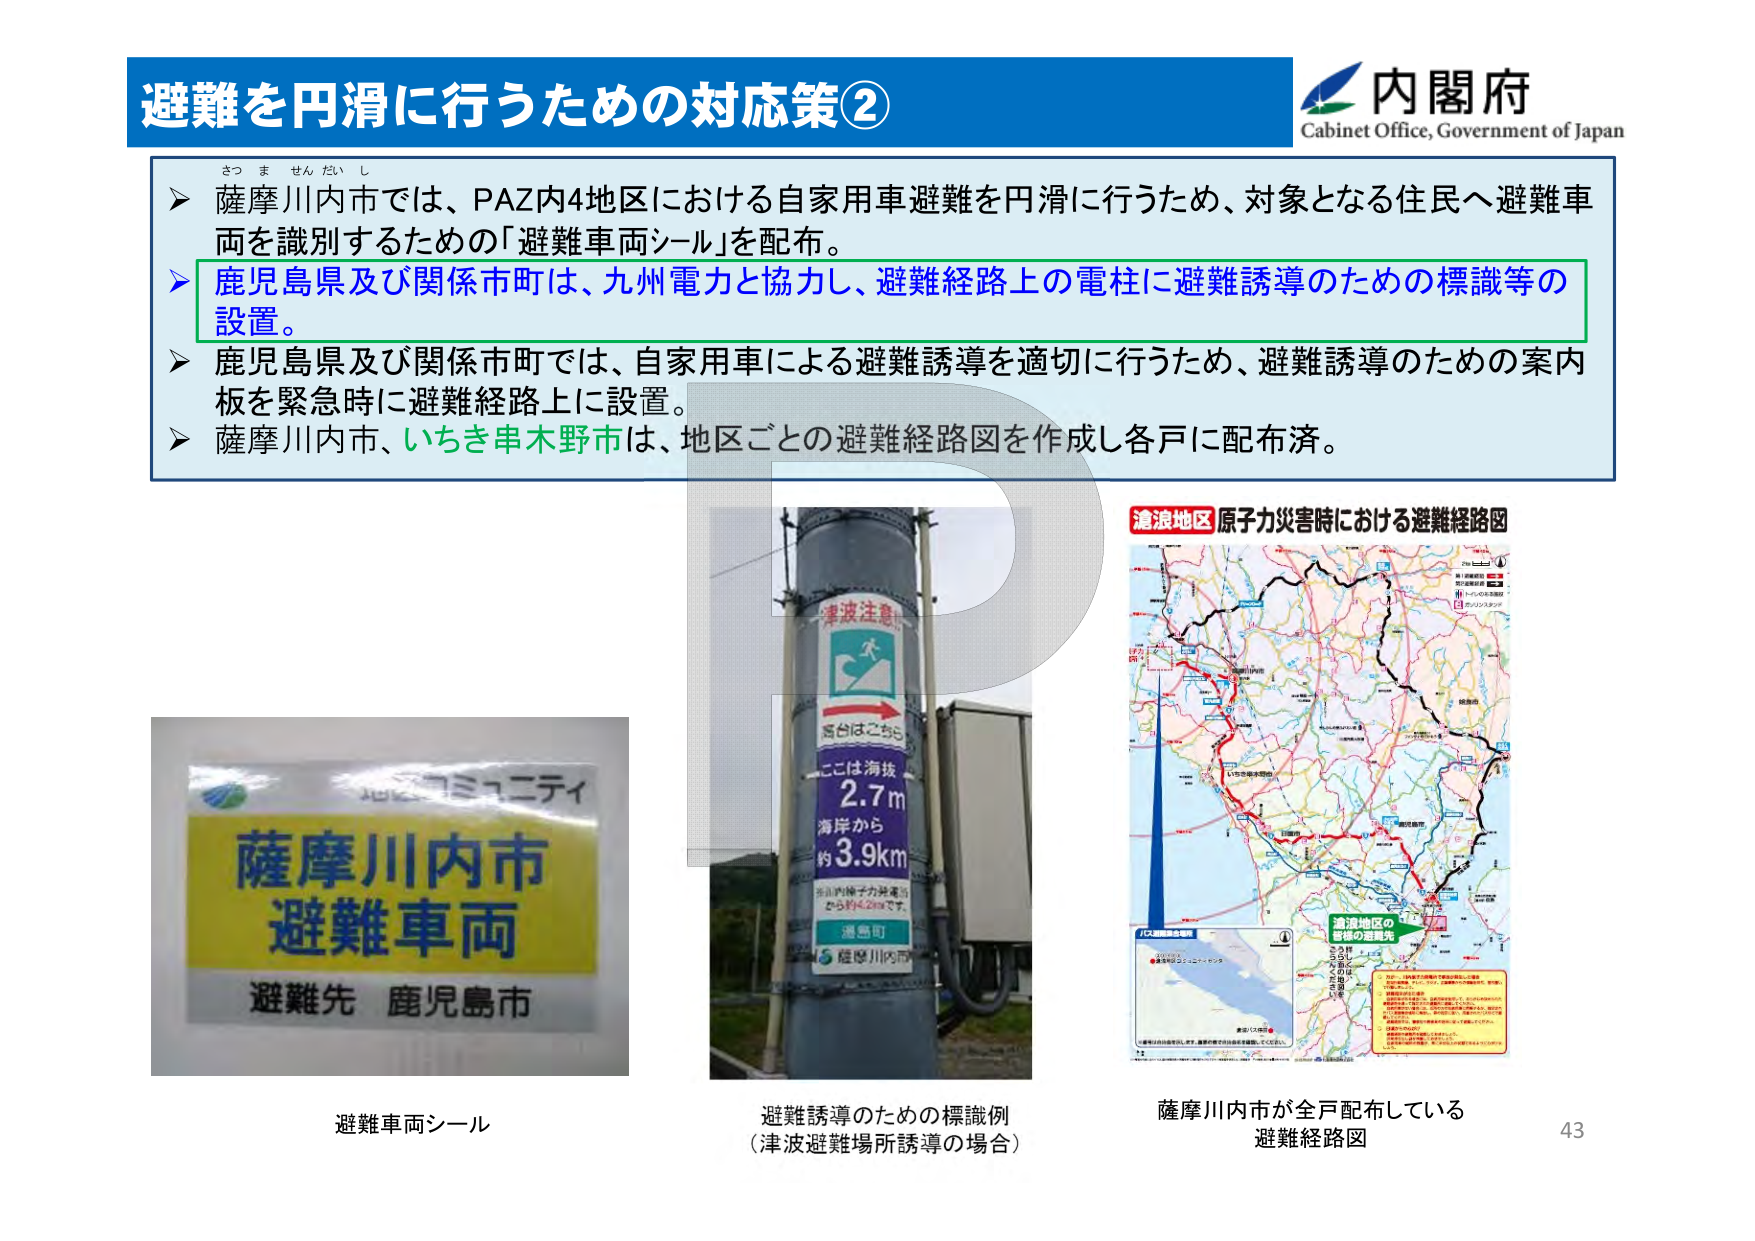
避難を円滑に行うための対応策②
内閣府
Cabinet Office, Government of Japan

さつ ま せん だい し
➤ 薩摩川内市では、PAZ内4地区における自家用車避難を円滑に行うため、対象となる住民へ避難車両を識別するための「避難車両シール」を配布。
➤ 鹿児島県及び関係市町は、九州電力と協力し、避難経路上の電柱に避難誘導のための標識等の設置。
➤ 鹿児島県及び関係市町では、自家用車による避難誘導を適切に行うため、避難誘導のための案内板を緊急時に避難経路上に設置。
➤ 薩摩川内市、いちき串木野市は、地区ごとの避難経路図を作成し各戸に配布済。

避難車両シール
（写真：黄色いシールに「薩摩川内市 避難車両 避難先 鹿児島市」）

避難誘導のための標識例
（津波避難場所誘導の場合）
（写真：電柱に取り付けられた標識。上部に「津波注意」、矢印付きの避難場所案内、高台はこっち、ここは海抜2.7m、海岸から約3.9km、※川内原子力発電所から約4.2kmです、避難所 薩摩川内市）

漁湾地区 原子力災害時における避難経路図
（地図：複数の避難経路が赤・黒線で示され、漁湾地区の避難の避難先が示されている。右下に小さな地図と説明文あり）

薩摩川内市が各戸配布している
避難経路図

43